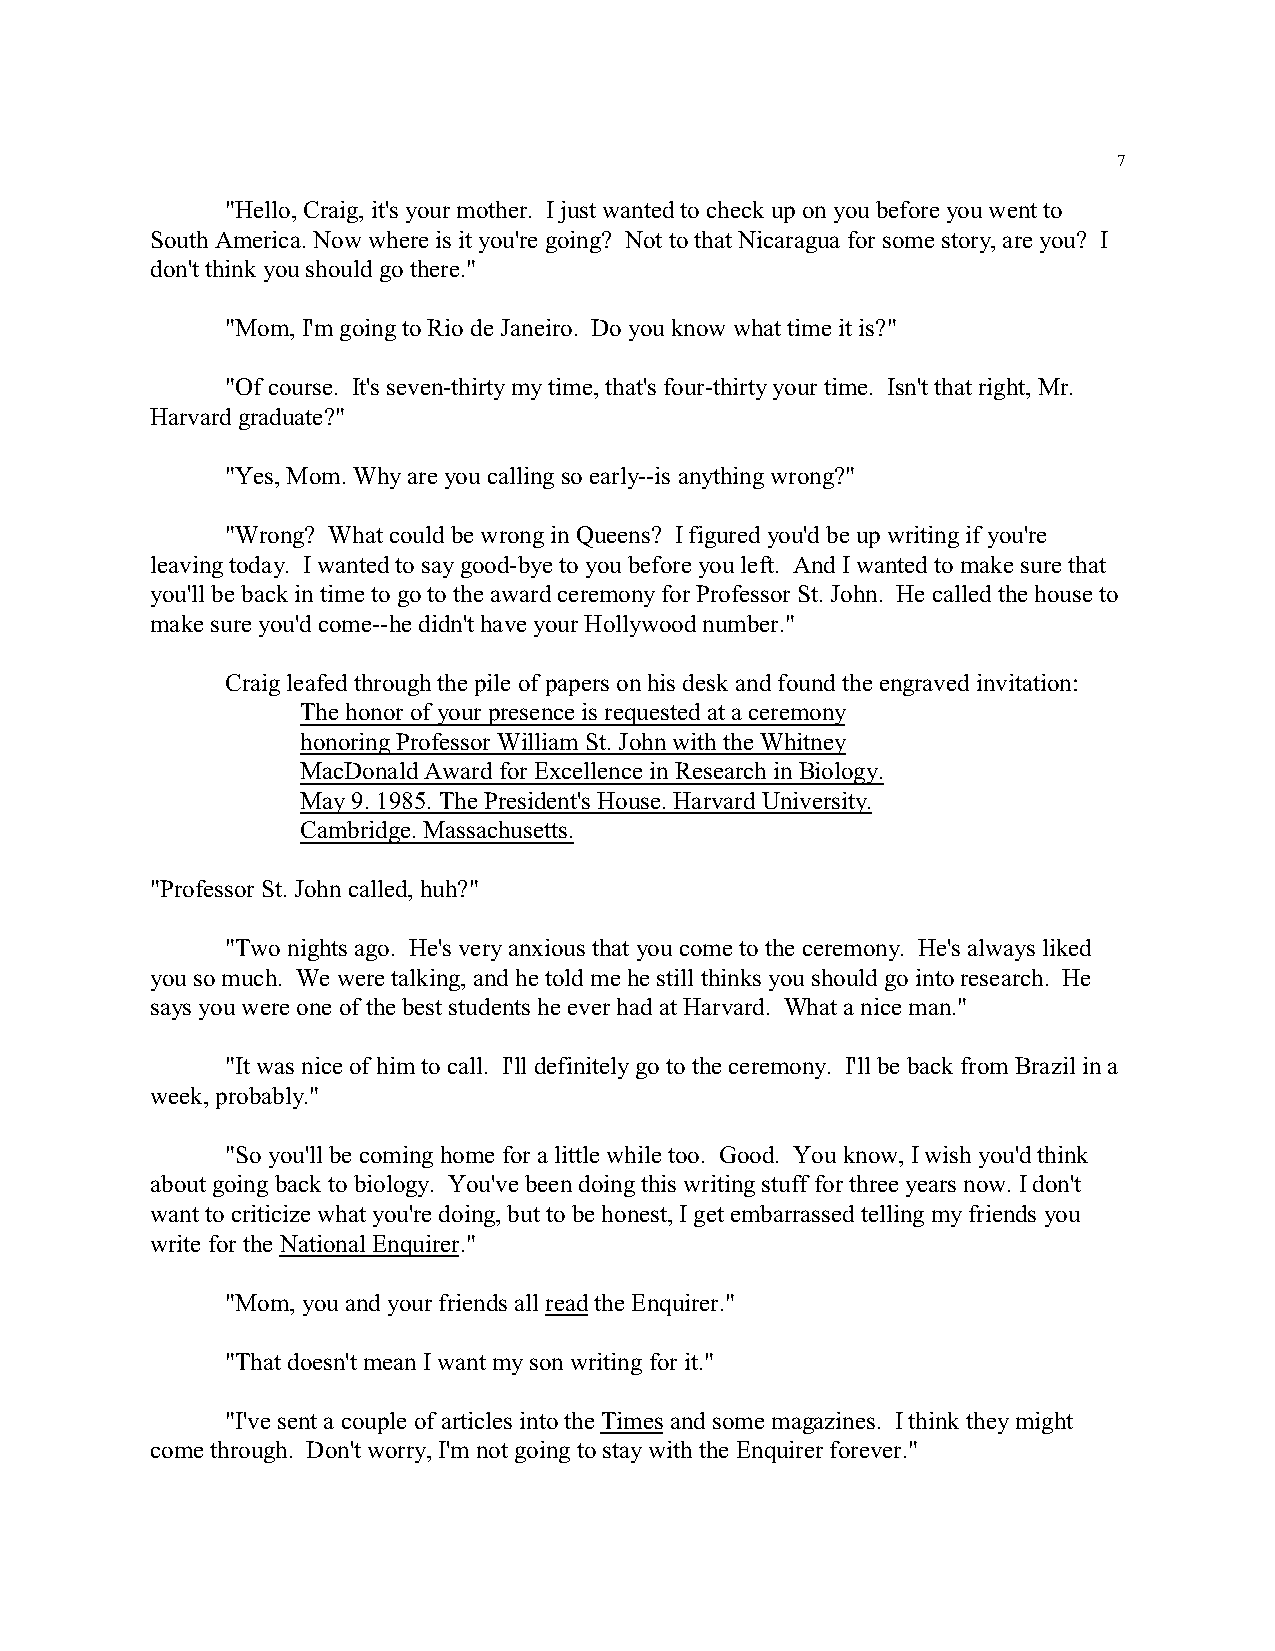
7
 "Hello, Craig, it's your mother. I just wanted to check up on you before you went to
 South America. Now where is it you're going? Not to that Nicaragua for some story, are you? I
 don't think you should go there."
 "Mom, I'm going to Rio de Janeiro. Do you know what time it is?"
 "Of course. It's seven-thirty my time, that's four-thirty your time. Isn't that right, Mr.
 Harvard graduate?"
 "Yes, Mom. Why are you calling so early--is anything wrong?"
 "Wrong? What could be wrong in Queens? I figured you'd be up writing if you're
 leaving today. I wanted to say good-bye to you before you left. And I wanted to make sure that
 you'll be back in time to go to the award ceremony for Professor St. John. He called the house to
 make sure you'd come--he didn't have your Hollywood number."
 Craig leafed through the pile of papers on his desk and found the engraved invitation:
 The honor of your presence is requested at a ceremony
 honoring Professor William St. John with the Whitney
 MacDonald Award for Excellence in Research in Biology.
 May 9. 1985. The President's House. Harvard University.
 Cambridge. Massachusetts.
 "Professor St. John called, huh?"
 "Two nights ago. He's very anxious that you come to the ceremony. He's always liked
 you so much. We were talking, and he told me he still thinks you should go into research. He
 says you were one of the best students he ever had at Harvard. What a nice man."
 "It was nice of him to call. I'll definitely go to the ceremony. I'll be back from Brazil in a
 week, probably."
 "So you'll be coming home for a little while too. Good. You know, I wish you'd think
 about going back to biology. You've been doing this writing stuff for three years now. I don't
 want to criticize what you're doing, but to be honest, I get embarrassed telling my friends you
 write for the National Enquirer."
 "Mom, you and your friends all read the Enquirer."
 "That doesn't mean I want my son writing for it."
 "I've sent a couple of articles into the Times and some magazines. I think they might
 come through. Don't worry, I'm not going to stay with the Enquirer forever."